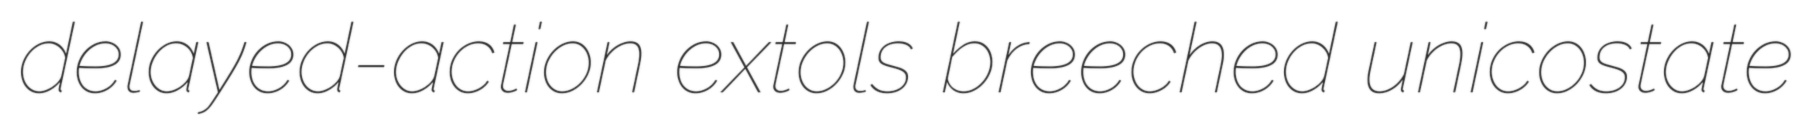
delayed-action extols breeched unicostate